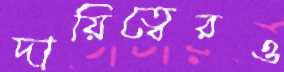
দায়িত্বেরও